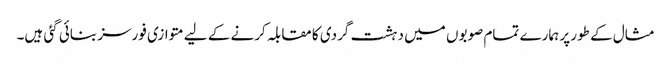
مثال کے طور پر ہمارے تمام صوبوں میں دہشت گردی کا مقابلہ کرنے کے لیے متوازی فورسز بنائی گئی ہیں۔